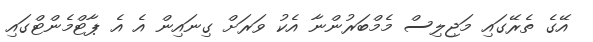
އޭގެ ތެރޭގައި މަޖިލިސް މެމްބަރުންނާ އެކު ވަރަށް ގިނައިން އެ އެ ޕާޓްމެންޓްގައި